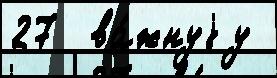
27  ва́жнуjу